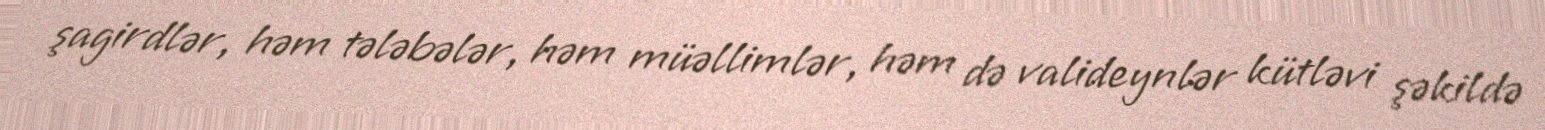
şagirdlər, həm tələbələr, həm müəllimlər, həm də valideynlər kütləvi şəkildə